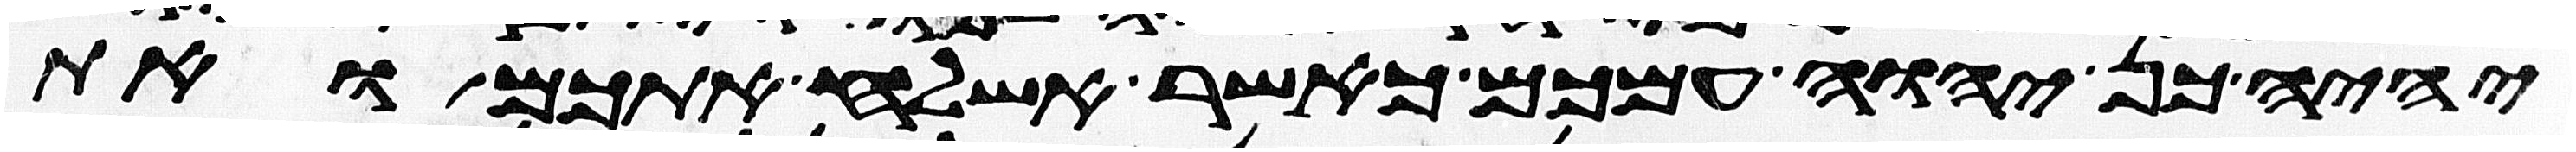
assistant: יהיה כן יהוה עמכם כאשר אשלח אתכם ואת